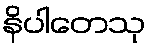
နိပါတေသု